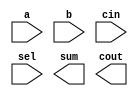
/*--  *******************************************************
--  Computer Architecture Course, Laboratory Sources 
--  Amirkabir University of Technology (Tehran Polytechnic)
--  Department of Computer Engineering (CE-AUT)
--  https://ce[dot]aut[dot]ac[dot]ir
--  *******************************************************
--  All Rights reserved (C) 2019-2020
--  *******************************************************
--  Student ID  : 
--  Student Name: 
--  Student Mail: 
--  *******************************************************
--  Additional Comments:
--
--*/

/*-----------------------------------------------------------
---  Module Name: Single Bit Adder/Subtractor with delay
---  Description: Lab 07 Part 1
-----------------------------------------------------------*/
`timescale 1 ns/1 ns

module add_sub_delay (
	input a ,
	input b ,
	input cin ,
	input sel ,
	output sum ,
	output cout
);

	/* write your code here */
	
	/* write your code here */

endmodule